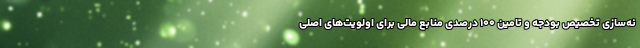
نه‌سازی تخصیص بودجه و تامین ۱۰۰ درصدی منابع مالی برای اولویت‌های اصلی